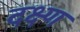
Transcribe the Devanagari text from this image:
दक्ष्ण